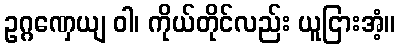
ဥဂ္ဂဏှေယျ ဝါ၊ ကိုယ်တိုင်လည်း ယူငြားအံ့။